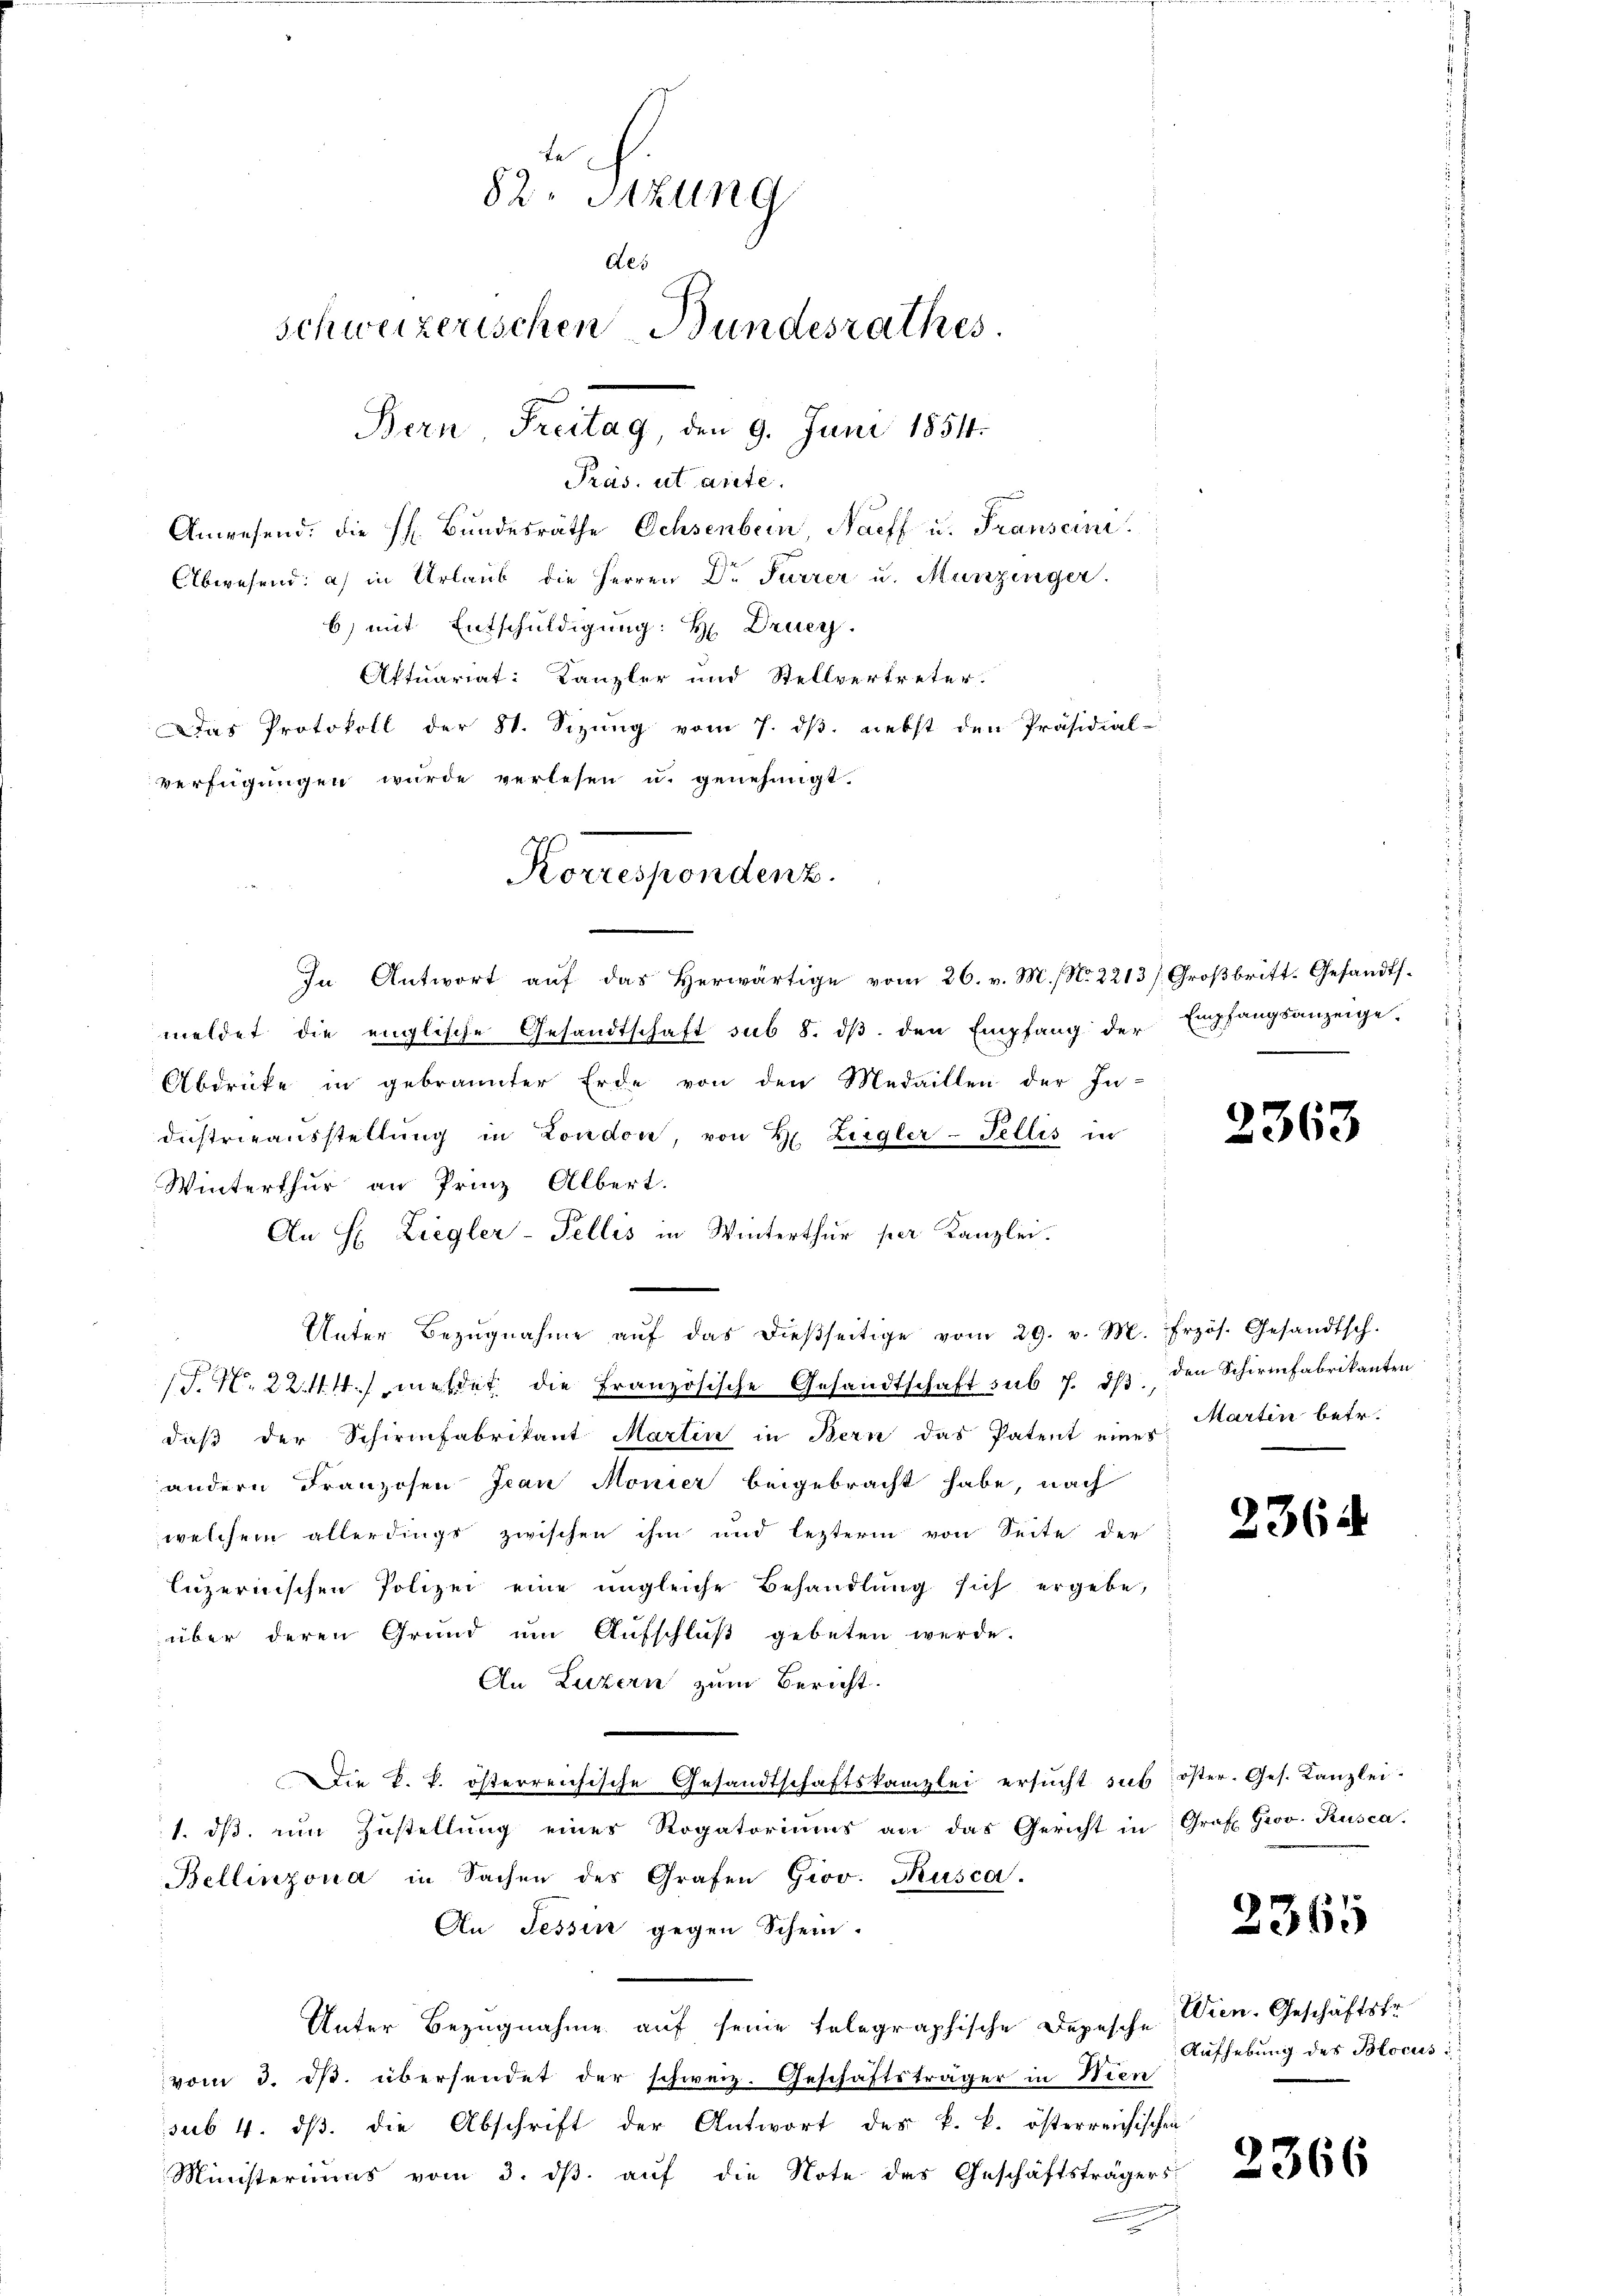
Präs. ut ante.
Anwesend: die h. Bundesräthe Ochsenbern Naeff u. Franscini
Abwesend: a) in Urlaŭb die Herren Dr Furrer u. Munzinger.
b) mit Entschuldigung: H. Drucy.
Aktuariat: Kanzler und Stellvertreter.
Das Protokoll der St. Sizung vom 7. dβ. nebst den Präsidial-
verfügungen wurde verlesen u. genehmigt.
In Antwort auf das Herwärtige vom 26. v. M. No. 2213/Großbritt. Gesandtsmeldet die englische Gesandtschaft sub 8. dβ. den Empfang der Empfangsanzeige.
Abdrücke in gebrannter Erde von den Medaillen der In-
dustrieausstellung in London, von H. Ziegler-Fellis in
Winterthur an Prinz Albert.
An H: Liegler-Fellis in Winterthur per Kanzlei.
Unter Bezŭgnahme aŭf das dießseitige vom 29. v. M. frzös. Gesandtsch.
/J. N. 22 t. meldet die Französische Gesandtschaft sub 7. dβ den Schirmfabrikanten
daß der Schirmfabrikant Martin in Bern das Patent eines
andern Franzosen Jean Monier beigebracht habe, nach
welchem allerdings zwischen ihm und lezterm von Seite der
luzernischen Polizei eine ungleiche Behandlung sich ergebe,
über deren Grund um Aufschluß gebeten werde.
An Luzern zum Bericht.
Die k. k. österreichische Gesandtschaftskanzlei ersŭcht sub öster. Ges. Kanzlei-
1. dβ ŭm Zŭstellŭng eines Rogatoriums an das Gericht in Graf Grov. Rusca.
Bellinzona in Sachen des Grafen Giov. Kusca.
An Tessin gegen Schein.
Unter Bezugnahme auf seine telegraphische Depesche Wien. Geschäftsfr.
vom 3. ds. übersendet der schweiz. Geschäftsträger in Wien
sub. 4. dβ. die Abschrift der Antwort des k. k. österreichischen
Ministeriums vom 3. dβ. auf die Note des Geschäftsträgers

82. Sitzung
Aes
schweizerischen Bundesrathes
Bern Freitag, den 9. Juni 1854.

Korrespondenz.

2363

Martin betr.

2364

2365

Aufhebung des Blocus i

2366